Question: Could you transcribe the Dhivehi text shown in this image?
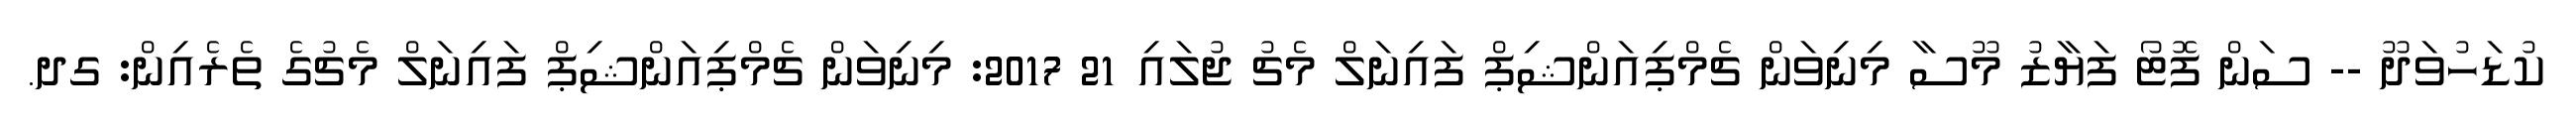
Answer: ކުޑަހުވަދޫ -- ސަން ފޮޓޯ ފަޔާޒު މޫސާ މިނިވަން ޗެމްޕިއަންޝިޕް ފައިނަލް މެޗު ޖުލައި 21 2017: މިނިވަން ޗެމްޕިއަންޝިޕް ފައިނަލް މެޗުގެ ތެރެއިން: ގދ.